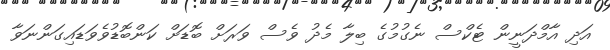
އަދި އާމްދަނީން ޓެކްސް ނެގުމުގެ ބިލާ މެދު ވެސް ވަރަށް ބޮޑަށް ކަންބޮޑުވެވަޑައިގަންނަވާ